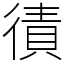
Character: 㣱